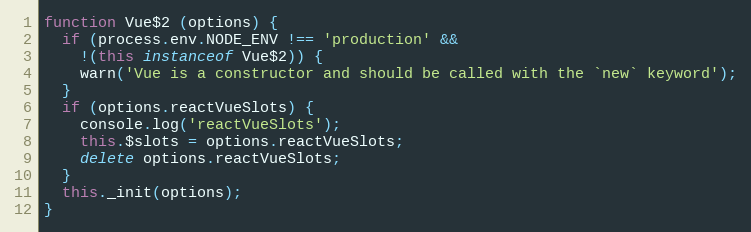
Language: JavaScript
function Vue$2 (options) {
  if (process.env.NODE_ENV !== 'production' &&
    !(this instanceof Vue$2)) {
    warn('Vue is a constructor and should be called with the `new` keyword');
  }
  if (options.reactVueSlots) {
    console.log('reactVueSlots');
    this.$slots = options.reactVueSlots;
    delete options.reactVueSlots;
  }
  this._init(options);
}